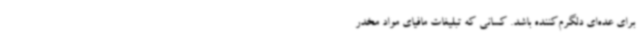
برای عده‌ای دلگرم‌کننده‌ باشد. کسانی که تبلیغات مافیای مواد مخدر